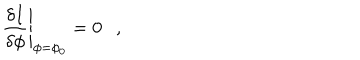
LaTeX: \left. { \frac { \delta I } { \delta \phi } } \right| _ { \phi = \phi _ { 0 } } = 0 ,